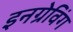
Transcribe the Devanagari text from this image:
इनग्रेविंग